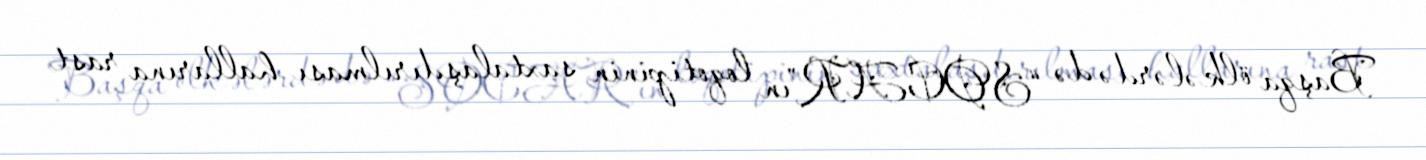
Başqa ölkələrdə də “SOCAR”ın loqotipinin saxtalaşdırılması hallarına rast